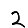
Digit: 2